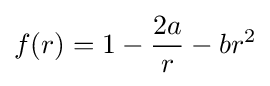
f(r)=1-{\frac {2a}{r}}-br^{2}